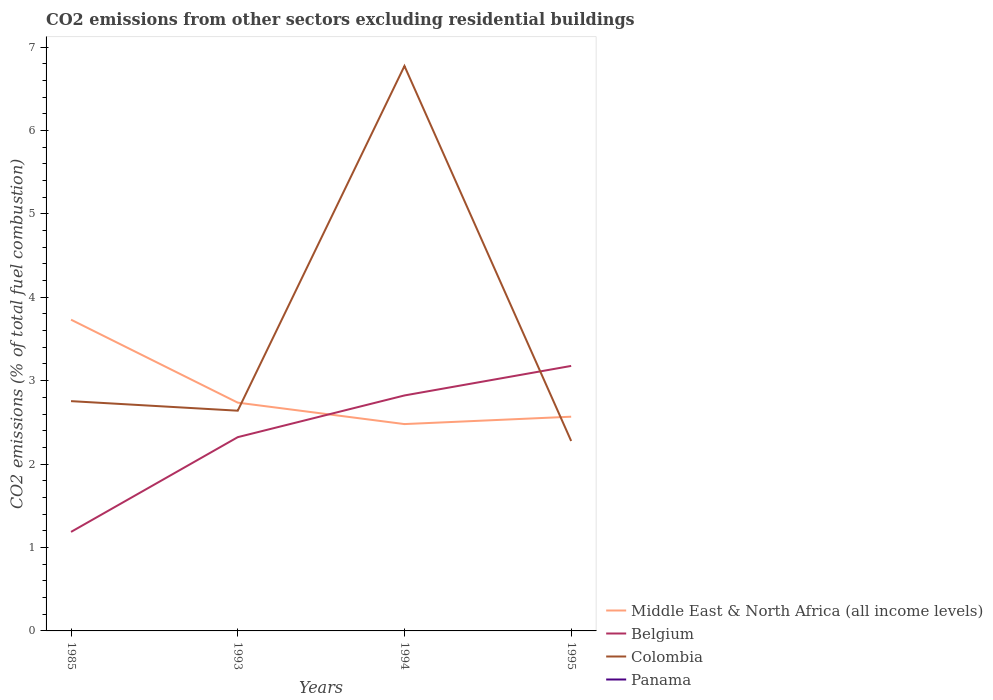
| Years | Middle East & North Africa (all income levels) | Belgium | Colombia | Panama |
 | --- | --- | --- | --- | --- |
 | 1985 | 3.73 | 1.19 | 2.75 | 5.16e-16 |
 | 1993 | 2.74 | 2.32 | 2.64 | -0.28 |
 | 1994 | 2.48 | 2.82 | 6.77 | 3.65e-16 |
 | 1995 | 2.57 | 3.18 | 2.28 | -0.243 |